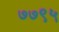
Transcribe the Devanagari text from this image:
७७९५